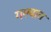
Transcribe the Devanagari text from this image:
गल्यात